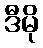
ဒီမို